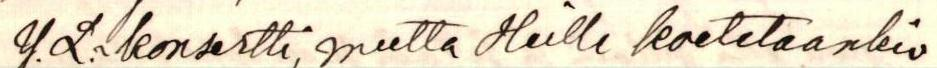
Y.L.n konsertti, mutta heille koetetaankin